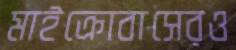
মাইক্রোবাসেরও